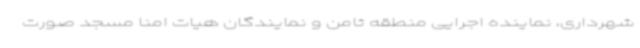
شهرداری، نماینده اجرایی منطقه ثامن و نمایندگان هیات امنا مسجد صورت